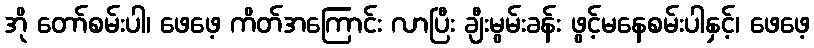
အို တော်စမ်းပါ၊ ဖေဖေ့ ကိတ်အကြောင်း လာပြီး ချီးမွမ်းခန်း ဖွင့်မနေစမ်းပါနှင့်၊ ဖေဖေ့